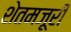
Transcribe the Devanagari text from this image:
शेतमजूरी